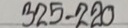
325 = 220